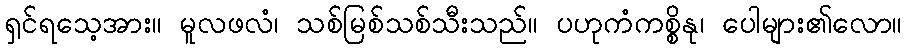
ရှင်ရသေ့အား။ မူလဖလံ၊ သစ်မြစ်သစ်သီးသည်။ ပဟုကံကစ္စိနု၊ ပေါများ၏လော။